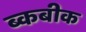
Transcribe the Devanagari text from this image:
ब्कबीक